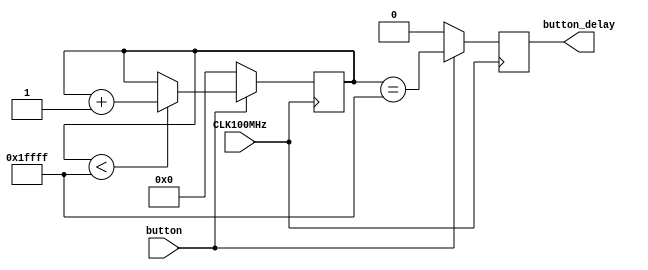
`timescale 1ns / 1ps
//////////////////////////////////////////////////////////////////////////////////
// Company: 
// Engineer: 
// 
// Design Name: 
// Module Name: Button_stabilization
// Project Name: 
// Target Devices: 
// Tool Versions: 
// Description: 
// 
// Dependencies: 
// 
// Revision:
// Revision 0.01 - File Created
// Additional Comments:
// 
//////////////////////////////////////////////////////////////////////////////////


module Button_stabilization(
    input CLK100MHz,
    input button,
    output reg button_delay
        );
        reg [16:0] count;
        always @(posedge CLK100MHz)
        begin
            if(button == 1'b1) begin
                if(count < 17'b11111111111111111)
                    count <= count + 1'b1;
                button_delay <= (count == 17'b11111111111111111);
            end
            else begin
                count <= 16'd0;
                button_delay <= 1'b0;
            end
        end
        
    endmodule